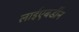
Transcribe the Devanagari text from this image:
लाईएबर्डीन